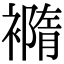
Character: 𧝍